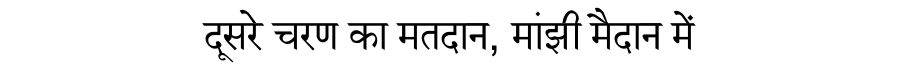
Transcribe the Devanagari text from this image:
दूसरे चरण का मतदान, मांझी मैदान में